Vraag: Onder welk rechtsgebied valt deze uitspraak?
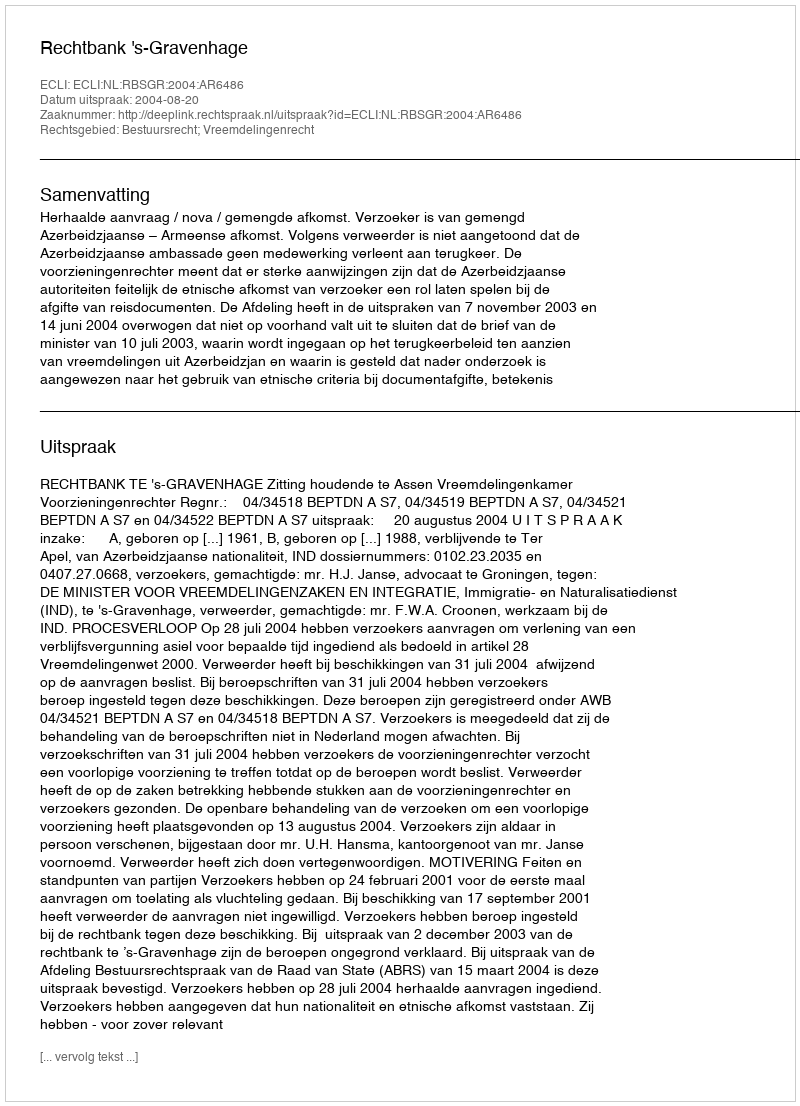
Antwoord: Bestuursrecht; Vreemdelingenrecht